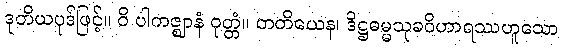
ဒုတိယပုဒ်ဖြင့်။ ဝိ ပါကဇ္ဈာနံ ဝုတ္တံ။ တတိယေန၊ ဒိဋ္ဌဓမ္မသုခဝိဟာရဿဟူသော